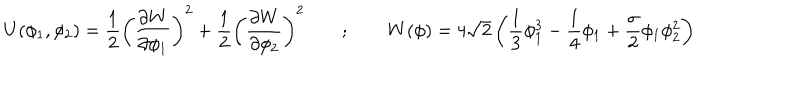
LaTeX: U ( \phi _ { 1 } , \phi _ { 2 } ) = \frac { 1 } { 2 } \left( \frac { \partial W } { \partial \phi _ { 1 } } \right) ^ { 2 } + \frac { 1 } { 2 } \left( \frac { \partial W } { \partial \phi _ { 2 } } \right) ^ { 2 } \qquad ; \qquad W ( \phi ) = 4 \sqrt { 2 } \left( \frac { 1 } { 3 } \phi _ { 1 } ^ { 3 } - \frac { 1 } { 4 } \phi _ { 1 } + \frac { \sigma } { 2 } \phi _ { 1 } \phi _ { 2 } ^ { 2 } \right)